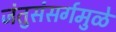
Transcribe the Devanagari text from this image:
जंतुसंसर्गमुळे